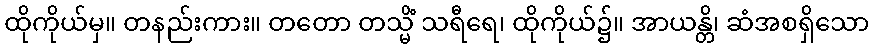
ထိုကိုယ်မှ။ တနည်းကား။ တတော တသ္မိံ သရီရေ၊ ထိုကိုယ်၌။ အာယန္တိ၊ ဆံအစရှိသော